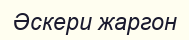
Әскери жаргон